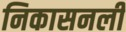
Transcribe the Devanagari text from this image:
निकासनली